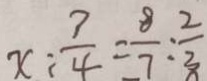
x : \frac { 7 } { 4 } = \frac { 8 } { 7 } : \frac { 2 } { 3 }